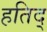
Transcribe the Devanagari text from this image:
हतिद्